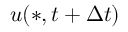
\boldsymbol { u } ( * , t + \Delta { t } )